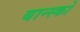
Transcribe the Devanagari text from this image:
बान्स्को